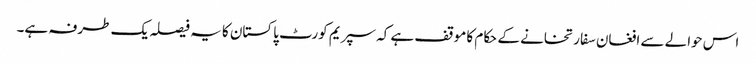
اس حوالے سے افغان سفارتخانے کے حکام کا موقف ہے کہ سپریم کورٹ پاکستان کا یہ فیصلہ یک طرفہ ہے۔